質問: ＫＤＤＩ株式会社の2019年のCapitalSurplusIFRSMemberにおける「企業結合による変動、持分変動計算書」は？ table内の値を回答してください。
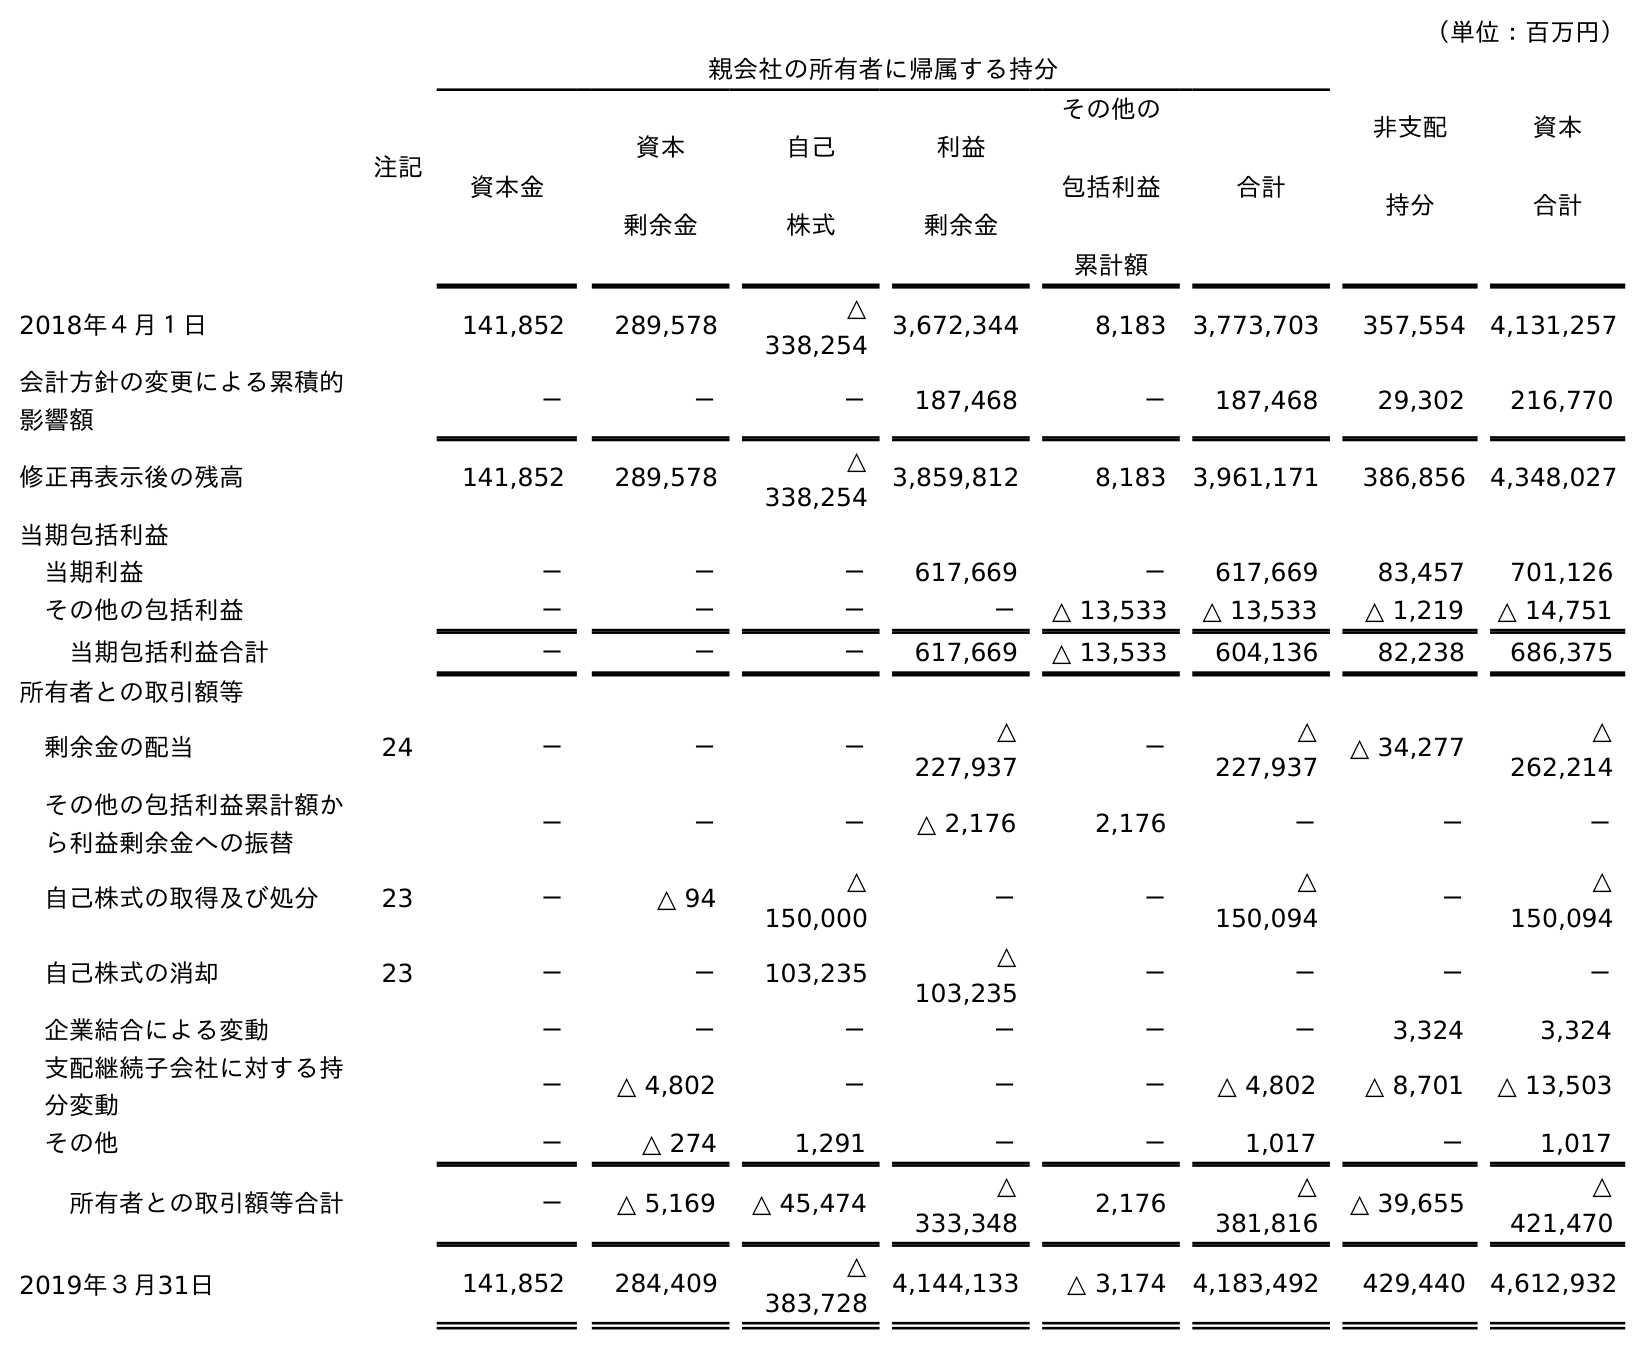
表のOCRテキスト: （単位：百万円） 注記 親会社の所有者に帰属する持分 非支配 持分 資本 合計 資本金 資本 剰余金 自己 株式 利益 剰余金 その他の 包括利益 累計額 合計 2018年４月１日 141,852 289,578 △ 338,254 3,672,344 8,183 3,773,703 357,554 4,131,257 会計方針の変更による累積的 影響額 － － － 187,468 － 187,468 29,302 216,770 修正再表示後の残高 141,852 289,578 △ 338,254 3,859,812 8,183 3,961,171 386,856 4,348,027 当期包括利益 当期利益 － － － 617,669 － 617,669 83,457 701,126 その他の包括利益 － － － － △ 13,533 △ 13,533 △ 1,219 △ 14,751 当期包括利益合計 － － － 617,669 △ 13,533 604,136 82,238 686,375 所有者との取引額等 剰余金の配当 24 － － － △ 227,937 － △ 227,937 △ 34,277 △ 262,214 その他の包括利益累計額か ら利益剰余金への振替 － － － △ 2,176 2,176 － － － 自己株式の取得及び処分 23 － △ 94 △ 150,000 － － △ 150,094 － △ 150,094 自己株式の消却 23 － － 103,235 △ 103,235 － － － － 企業結合による変動 － － － － － － 3,324 3,324 支配継続子会社に対する持 分変動 － △ 4,802 － － － △ 4,802 △ 8,701 △ 13,503 その他 － △ 274 1,291 － － 1,017 － 1,017 所有者との取引額等合計 － △ 5,169 △ 45,474 △ 333,348 2,176 △ 381,816 △ 39,655 △ 421,470 2019年３月31日 141,852 284,409 △ 383,728 4,144,133 △ 3,174 4,183,492 429,440 4,612,932
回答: －